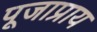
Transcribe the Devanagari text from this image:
पूजाप्राय